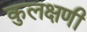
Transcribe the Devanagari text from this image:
कुलक्षणी